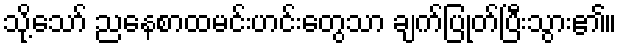
သို့သော် ညနေစာထမင်းဟင်းတွေသာ ချက်ပြုတ်ပြီးသွား၏။